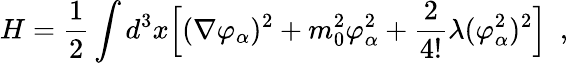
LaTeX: H={\frac{1}{2}}\int d^{3}x\Bigl[(\nabla\varphi_{\alpha})^{2}+m_{0}^{2}\varphi_{\alpha}^{2}+{\frac{2}{4!}}\lambda(\varphi_{\alpha}^{2})^{2}\Bigr]\ \ ,